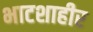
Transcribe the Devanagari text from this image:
भाटशाहीर